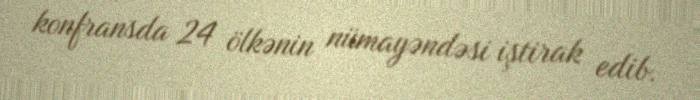
konfransda 24 ölkənin nümayəndəsi iştirak edib.